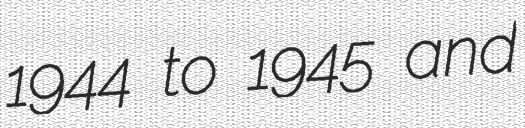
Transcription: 1944 to 1945 and